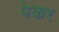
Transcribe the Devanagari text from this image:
पेकर